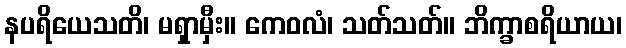
နပရိယေသတိ၊ မရှာမှီး။ ကေဝလံ၊ သတ်သတ်။ ဘိက္ခာစရိယာယ၊